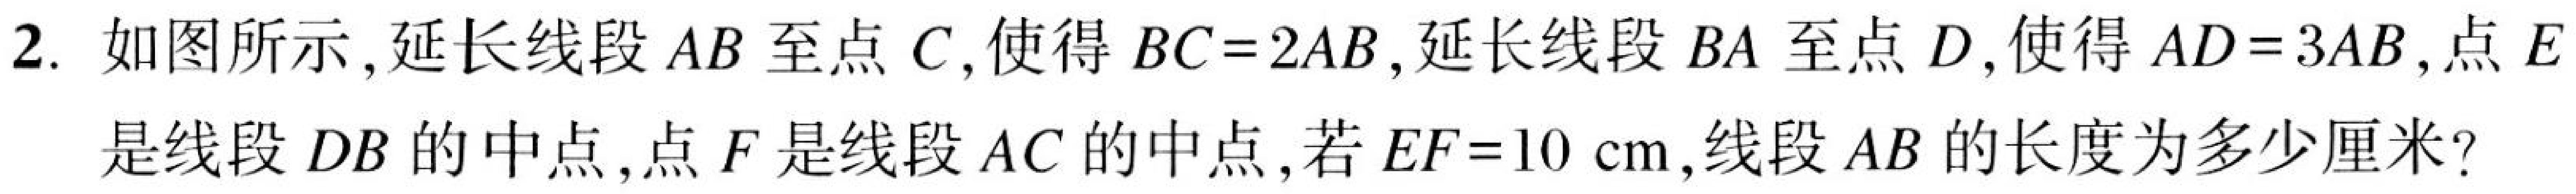
2. 如图所示，延长线段\(AB\)至点\(C\)，使得\(BC = 2AB\)，延长线段\(BA\)至点\(D\)，使得\(AD = 3AB\)，点\(E\)是线段\(DB\)的中点，点\(F\)是线段\(AC\)的中点，若\(EF = 10\mathrm{cm}\)，线段\(AB\)的长度为多少厘米？